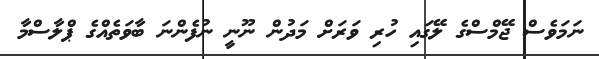
ނަމަވެސް ޖޭމްސްގެ ލޭގައި ހުރި ވަރަށް މަދުން ނޫނީ ނުފެންނަ ބާވަތެއްގެ ޕްލާސްމާ